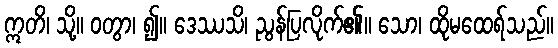
ဣတိ၊ သို့။ ဝတွာ၊ ၍။ ဒေဿသိ၊ ညွန်ပြလိုက်၏။ သော၊ ထိုမထေရ်သည်။